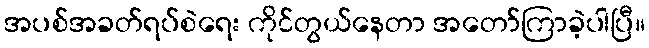
အပစ်အခတ်ရပ်စဲရေး ကိုင်တွယ်နေတာ အတော်ကြာခဲ့ပါပြီ။